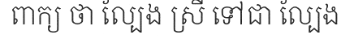
ពាក្យ ថា ល្បែង ស្រី ទៅជា ល្បែង